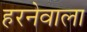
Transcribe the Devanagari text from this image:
हरनेवाला